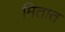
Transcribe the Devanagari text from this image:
मितात